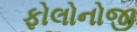
ફોલોનોજી